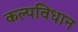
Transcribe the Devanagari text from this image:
कल्पविधान